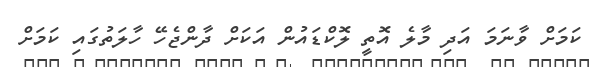
ކަމަށް ވާނަމަ އަދި މާލެ އޮތީ ލޮކްޑައުން އަކަށް ދާންޖެހޭ ހާލަތުގައި ކަމަށް